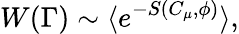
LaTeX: W(\Gamma)\sim\langle e^{-S(C_{\mu},\phi)}\rangle,